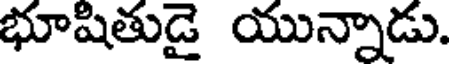
భూషితుడై యున్నాడు.